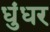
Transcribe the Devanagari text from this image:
धुंधर